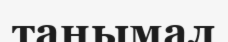
таңымал